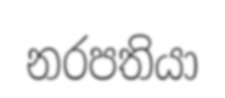
නරපතියා